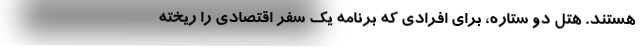
هستند. هتل دو ستاره، برای افرادی که برنامه یک سفر اقتصادی را ریخته